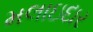
મલાઇદાર